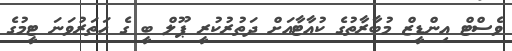
ވެސްޓް އިންޑީޒް މުބާރާތުގެ ކުއާޓާއަށް ދަތުރުކުރީ ޕޫލް ބީ ގެ ހަތަރުވަނަ ޓީމުގެ